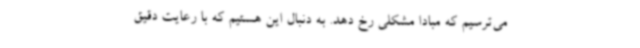
می‌ترسیم که مبادا مشکلی رخ دهد. به دنبال این هستیم که با رعایت دقیق